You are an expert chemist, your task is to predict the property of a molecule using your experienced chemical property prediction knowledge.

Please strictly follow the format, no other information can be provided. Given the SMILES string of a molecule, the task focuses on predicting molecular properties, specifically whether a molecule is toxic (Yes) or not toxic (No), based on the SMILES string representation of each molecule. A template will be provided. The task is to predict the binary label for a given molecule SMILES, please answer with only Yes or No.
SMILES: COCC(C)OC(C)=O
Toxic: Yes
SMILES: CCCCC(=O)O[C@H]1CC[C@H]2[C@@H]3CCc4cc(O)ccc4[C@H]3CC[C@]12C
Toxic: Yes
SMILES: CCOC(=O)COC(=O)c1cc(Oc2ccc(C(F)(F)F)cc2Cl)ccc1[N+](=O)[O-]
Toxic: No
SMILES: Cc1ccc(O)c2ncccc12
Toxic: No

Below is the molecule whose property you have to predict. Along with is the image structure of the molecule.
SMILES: Cc1nc2n(c(=O)c1CCN1CCC(c3noc4cc(F)ccc34)CC1)CCCC2
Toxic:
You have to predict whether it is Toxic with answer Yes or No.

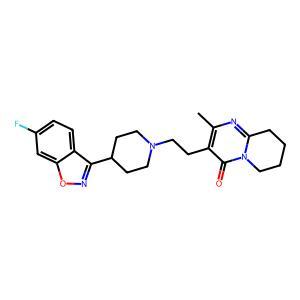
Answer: No